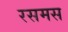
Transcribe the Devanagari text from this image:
रसमस